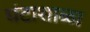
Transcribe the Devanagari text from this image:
घंटाशाळा